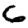
Digit: 6